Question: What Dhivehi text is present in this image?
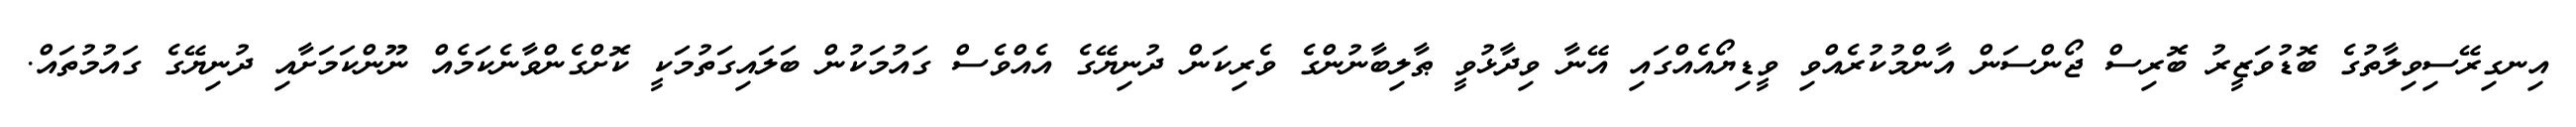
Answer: އިނގިރޭސިވިލާތުގެ ބޮޑުވަޒީރު ބޮރިސް ޖޯންސަން އާންމުކުރެއްވި ވީޑިޔޯއެއްގައި އޭނާ ވިދާޅުވީ ޠާލިބާނުންގެ ވެރިކަން ދުނިޔޭގެ އެއްވެސް ގައުމަކުން ބަލައިގަތުމަކީ ކޮށްގެންވާނެކަމެއް ނޫންކަމަށާއި ދުނިޔޭގެ ގައުމުތައް.